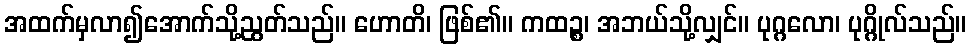
အထက်မှလာ၍အောက်သို့ညွတ်သည်။ ဟောတိ၊ ဖြစ်၏။ ကထဉ္စ၊ အဘယ်သို့လျှင်။ ပုဂ္ဂလော၊ ပုဂ္ဂိုလ်သည်။